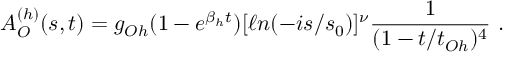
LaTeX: A _ { \cal O } ^ { ( h ) } ( s , t ) = g _ { { \cal O } h } ( 1 - e ^ { \beta _ { h } t } ) [ \ell n ( - i s / s _ { 0 } ) ] ^ { \nu } \frac { 1 } { ( 1 - t / t _ { { \cal O } h } ) ^ { 4 } } \ .